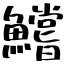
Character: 鱨